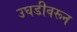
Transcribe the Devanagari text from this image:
उघडीवरून